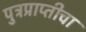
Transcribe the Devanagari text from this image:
पुत्रप्राप्‍तीचा